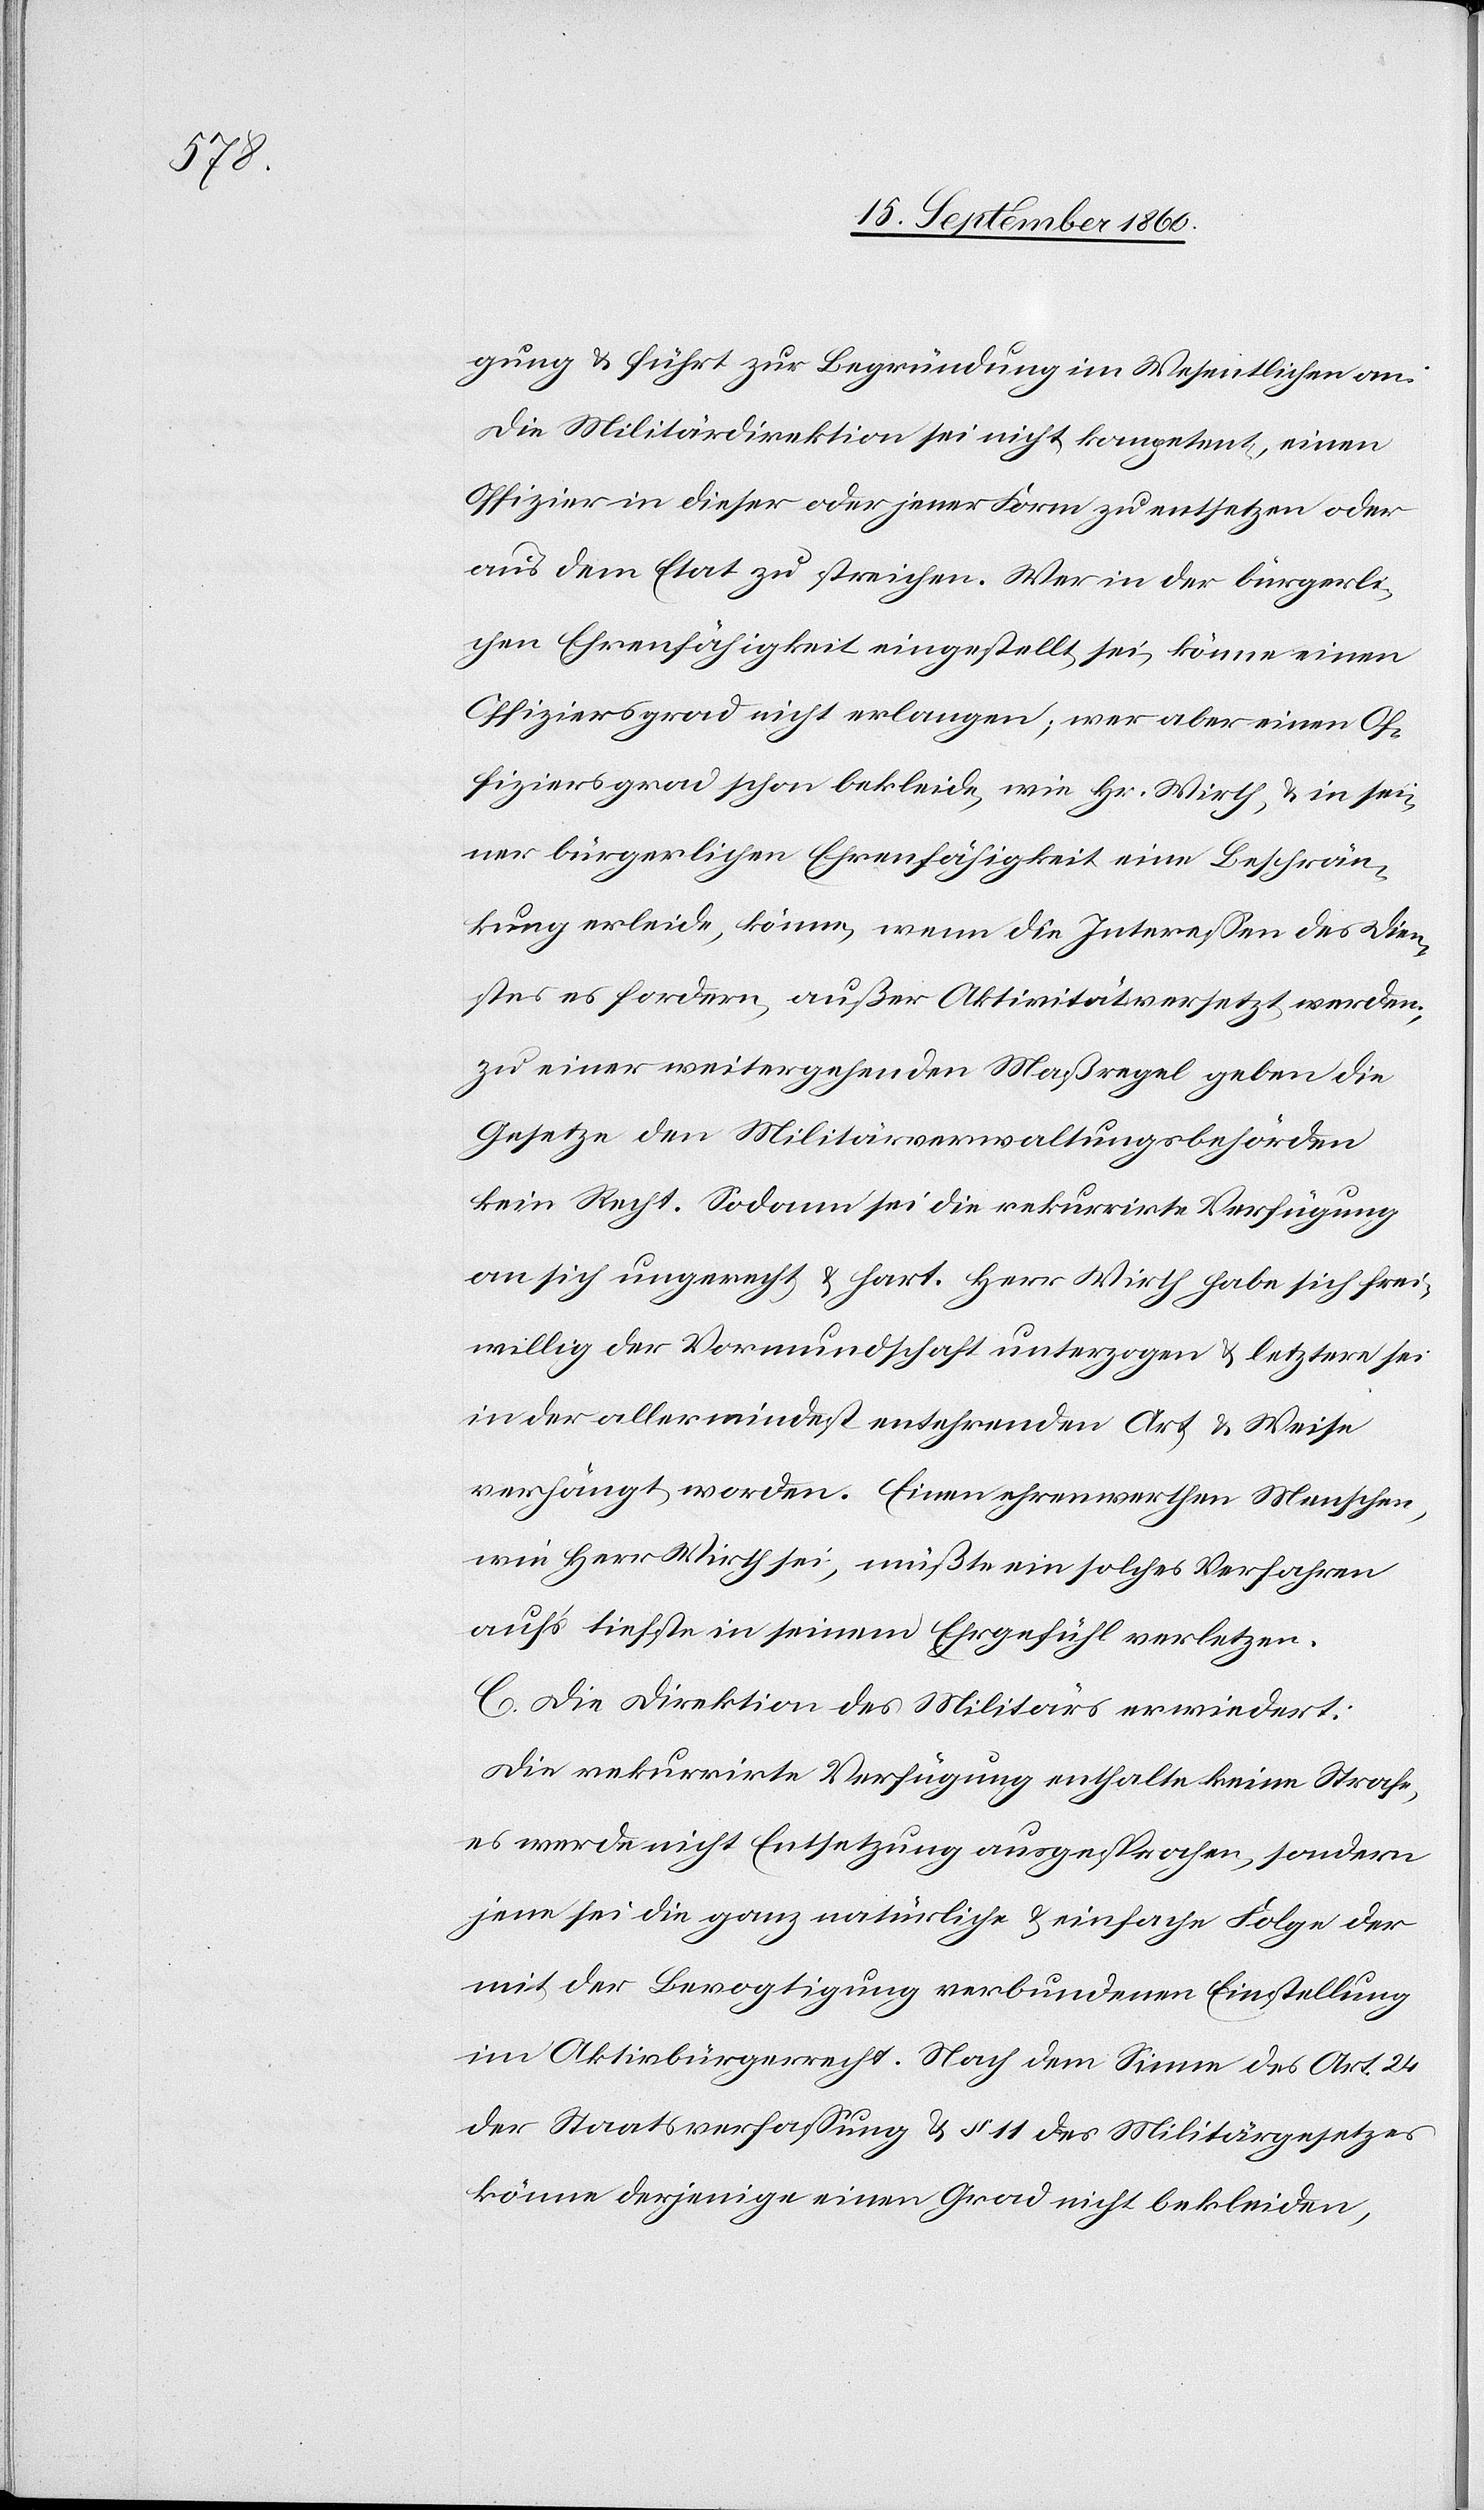
keine

gung & führt zur Begründung im Wesentlichen an:
Die Militärdirektion sei nicht kompetent, einen
Offizier in dieser oder jener Form zu entsetzen oder
aus dem Etat zu streichen. Wer in der bürgerli¬
chen Ehrenfähigkeit eingestellt sei, könne einen
Offiziersgrad nicht erlangen; wer aber einen Of¬
fiziersgrad schon bekleide, wie Hr. Wirth, & in sei¬
ner bürgerlichen Ehrenfähigkeit eine Beschrän¬
kung erleide, könne, wenn die Interessen des Dien¬
stes es fordern, außer Aktivität ersetzt werden;
zu einer weitergehenden Maßregel geben die
Gesetze den Militärverwaltungsbehörden
kein Recht. Sodann sei die rekurrirte Verfügung
an sich ungerecht & hart. Herr Wirth habe sich frei¬
willig der Vormundschaft unterzogen & letztere sei
in der allermindest entehrenden Art & Weise
verhängt worden. Einen ehrenwerthen Menschen,
wie Herr Wirth sei, müßte ein solches Verfahren
auf’s tiefste in seinem Ehrgefühl verletzen.
C. Die Direktion des Militärs enthalte
es werde nicht Entsetzung ausgesprochen, sondern
jene sei die ganz natürliche & einfache Folge der
mit der Bevogtigung verbundenen Einstellung
im Aktivbürgerrecht. Nach dem Sinne des Art. 24
der Staatsverfassung & § 11 des Militärgesetzes
könne derjenige einen Grad nicht bekleiden,